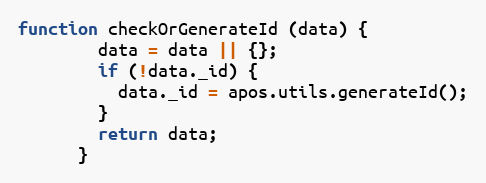
Language: JavaScript
function checkOrGenerateId (data) {
        data = data || {};
        if (!data._id) {
          data._id = apos.utils.generateId();
        }
        return data;
      }